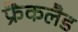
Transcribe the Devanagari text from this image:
फ्रैंकलैड